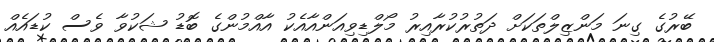
ބޭރުގެ ގިނަ މަންޒިލްތަކަށް ދަތުރުކުރާއިރު މޯލްޑިވިއަންއާއެކު އާއްމުންގެ ބޮޑު ޝަކުވާ ވެސް ކުޑައެއް